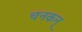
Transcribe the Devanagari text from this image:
चनकन्